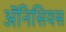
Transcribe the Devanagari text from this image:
ॲनिसियस